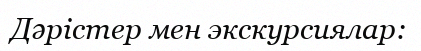
Дәрістер мен экскурсиялар: